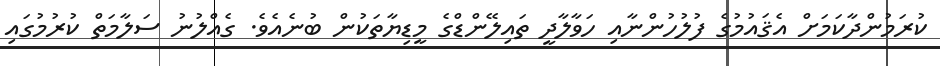
ކުރަމުންދާކަމަށް އެޤައުމުގެ ފުލުހުންނާއި ހަވާލާދީ ތައިލޭންޑްގެ މީޑިޔާތަކުން ބުނެއެވެ. ގެއްލުނު ސަލާމަތް ކުރުމުގައި